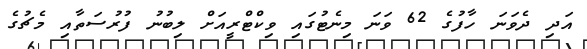
އަދި ދެވަނަ ހާފުގެ 62 ވަނަ މިނެޓުގައި ވިކްޓްރީއަށް ލިބުނު ފުރުސަތާއި މެޗުގެ